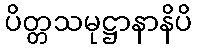
ပိတ္တသမုဋ္ဌာနာနိပိ